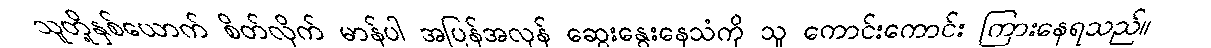
သူတို့နှစ်ယောက် စိတ်လိုက် မာန်ပါ အပြန်အလှန် ဆွေးနွေးနေသံကို သူ ကောင်းကောင်း ကြားနေရသည်။